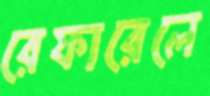
রেফারেলে